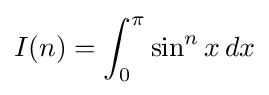
I(n)=\int _{0}^{\pi }\sin ^{n}x\,dx